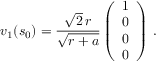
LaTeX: v _ { 1 } ( s _ { 0 } ) = { \frac { \sqrt { 2 } \, r } { \sqrt { r + a } } } \left( \begin{array} { c } { { 1 } } \\ { { 0 } } \\ { { 0 } } \\ { { 0 } } \end{array} \right) \, .